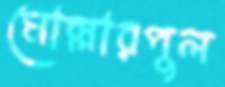
মোল্লারপুল